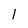
Character: l